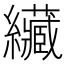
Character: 𦇴